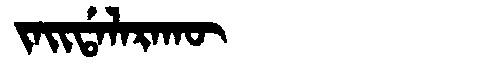
Manchu: ᠵᠠᡳᡩᠠᠯᠠᡵᠠᡴᡡ
Romanization: JAIDALARAKŪ